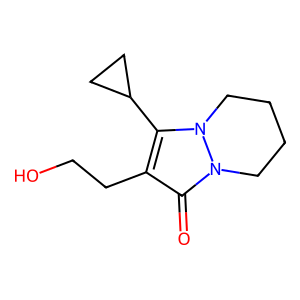
SMILES: O=c1c(CCO)c(C2CC2)n2n1CCCC2
Inhibits HIV replication: No